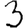
Digit: 3